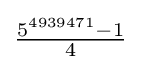
{\tfrac {5^{4939471}-1}{4}}